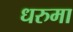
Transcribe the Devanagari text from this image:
धरुमा